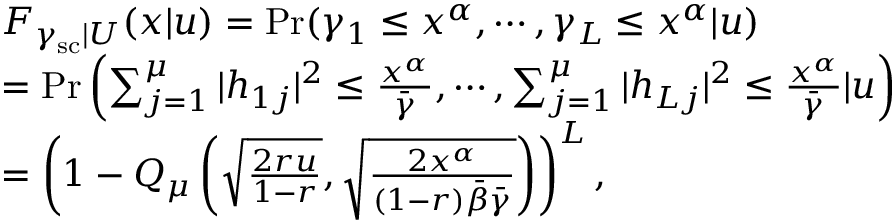
\begin{array} { r l } & { F _ { \gamma _ { \mathrm { s c } } | U } ( x | u ) = \operatorname* { P r } ( \gamma _ { 1 } \leq x ^ { \alpha } , \cdots , \gamma _ { L } \leq x ^ { \alpha } | u ) } \\ & { = \operatorname* { P r } \left( \sum _ { j = 1 } ^ { \mu } | h _ { 1 j } | ^ { 2 } \leq \frac { x ^ { \alpha } } { \bar { \gamma } } , \cdots , \sum _ { j = 1 } ^ { \mu } | h _ { L j } | ^ { 2 } \leq \frac { x ^ { \alpha } } { \bar { \gamma } } | u \right) } \\ & { = \left( 1 - Q _ { \mu } \left( \sqrt { \frac { 2 r u } { 1 - r } } , \sqrt { \frac { 2 x ^ { \alpha } } { ( 1 - r ) \bar { \beta } \bar { \gamma } } } \right) \right) ^ { L } , } \end{array}